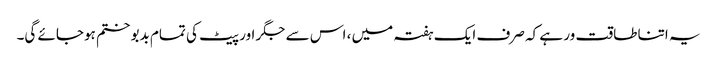
یہ اتنا طاقت ور ہے کہ صرف ایک ہفتہ میں ، اس سے جگر اور پیٹ کی تمام بدبو ختم ہوجائے گی۔